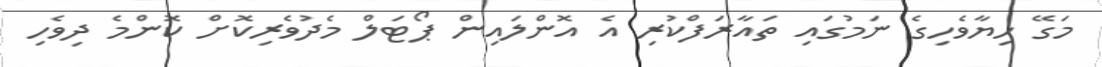
މަގޭ ހިޔާވެހިގެ ނަމުގައި ތައާރަފްކުރި އެ އޮންލައިން ޕޯޓަލް މެދުވެރިކޮށް ކޮންމެ ދިވެހި